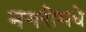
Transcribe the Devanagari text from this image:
नगरीमधे